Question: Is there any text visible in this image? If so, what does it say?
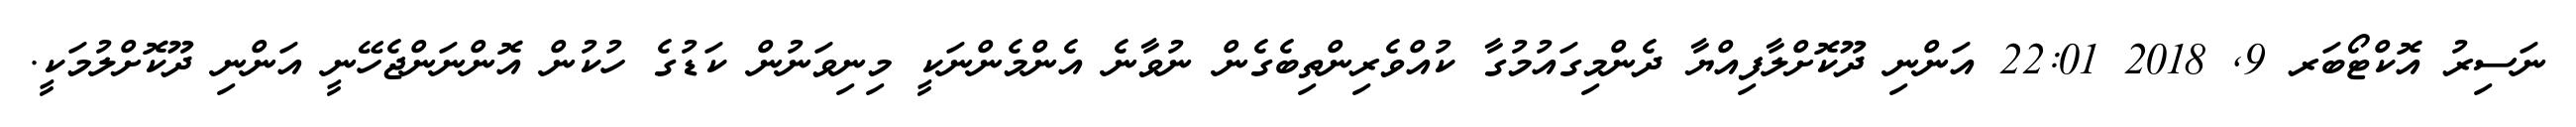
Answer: ނަސިރު އޮކްޓޯބަރ 9, 2018 22:01 އަންނި ދޫކޮށްލާފިއްޔާ ދެންމިގައުމުގާ ކުއްވެރިންތިބެގެން ނުވާނެ އެންމެންނަކީ މިނިވަނުން ކަޑުގެ ހުކުން އޮންނަންޖެހޭނީ އަންނި ދޫކޮށްލުމަކީ.